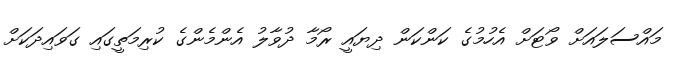
މައްސަލައަށް ވޯޓަށް އެހުމުގެ ކަންކަން ދިޔައީ ރޯމާ ދުވާލު އެންމެންގެ ކުރިމަތީގައި ގަވައިދަކަށް